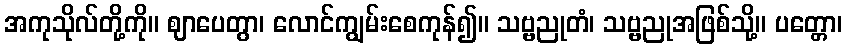
အကုသိုလ်တို့ကို။ ဈာပေတွာ၊ လောင်ကျွမ်းစေကုန်၍။ သဗ္ဗညုတံ၊ သဗ္ဗညုအဖြစ်သို့။ ပတ္တော၊